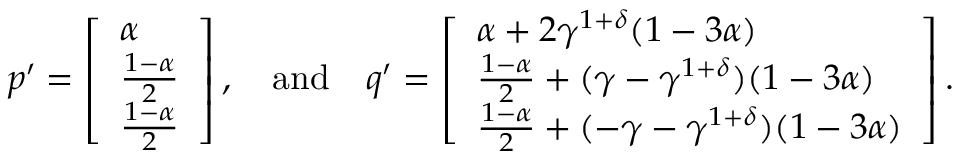
\begin{array} { r } { p ^ { \prime } = \left[ \begin{array} { l } { \alpha } \\ { \frac { 1 - \alpha } { 2 } } \\ { \frac { 1 - \alpha } { 2 } } \end{array} \right] , \quad \mathrm { a n d } \quad q ^ { \prime } = \left[ \begin{array} { l } { \alpha + 2 \gamma ^ { 1 + \delta } ( 1 - 3 \alpha ) } \\ { \frac { 1 - \alpha } { 2 } + ( \gamma - \gamma ^ { 1 + \delta } ) ( 1 - 3 \alpha ) } \\ { \frac { 1 - \alpha } { 2 } + ( - \gamma - \gamma ^ { 1 + \delta } ) ( 1 - 3 \alpha ) } \end{array} \right] . } \end{array}